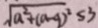
\sqrt { a ^ { 2 } + ( a - 9 ) ^ { 2 } } \leq 3